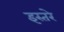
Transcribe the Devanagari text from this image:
इस्तरे